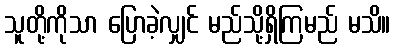
သူတို့ကိုသာ ပြောခဲ့လျှင် မည်သို့ရှိကြမည် မသိ။